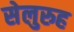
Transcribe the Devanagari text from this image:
सेलुरुह